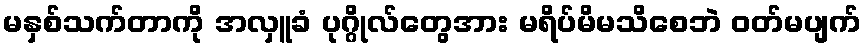
မနှစ်သက်တာကို အလှူခံ ပုဂ္ဂိုလ်တွေအား မရိပ်မိမသိစေဘဲ ဝတ်မပျက်